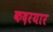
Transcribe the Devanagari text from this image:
कदरयार